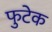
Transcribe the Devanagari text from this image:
फुटेक